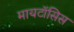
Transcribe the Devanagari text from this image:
मायटॉसिस